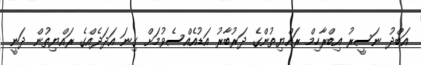
އަބްދު ނަސީރު އިބްރާހިމް ރައްޔިތުންގެ ދަރުބާރު އަޑުއެއްސެވުމަށް ގިނަ އަދަދެއްގެ ރައްޔިތުން ދަނީ